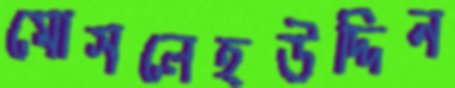
মোসলেহউদ্দিন